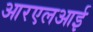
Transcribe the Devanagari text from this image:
आरएलआई